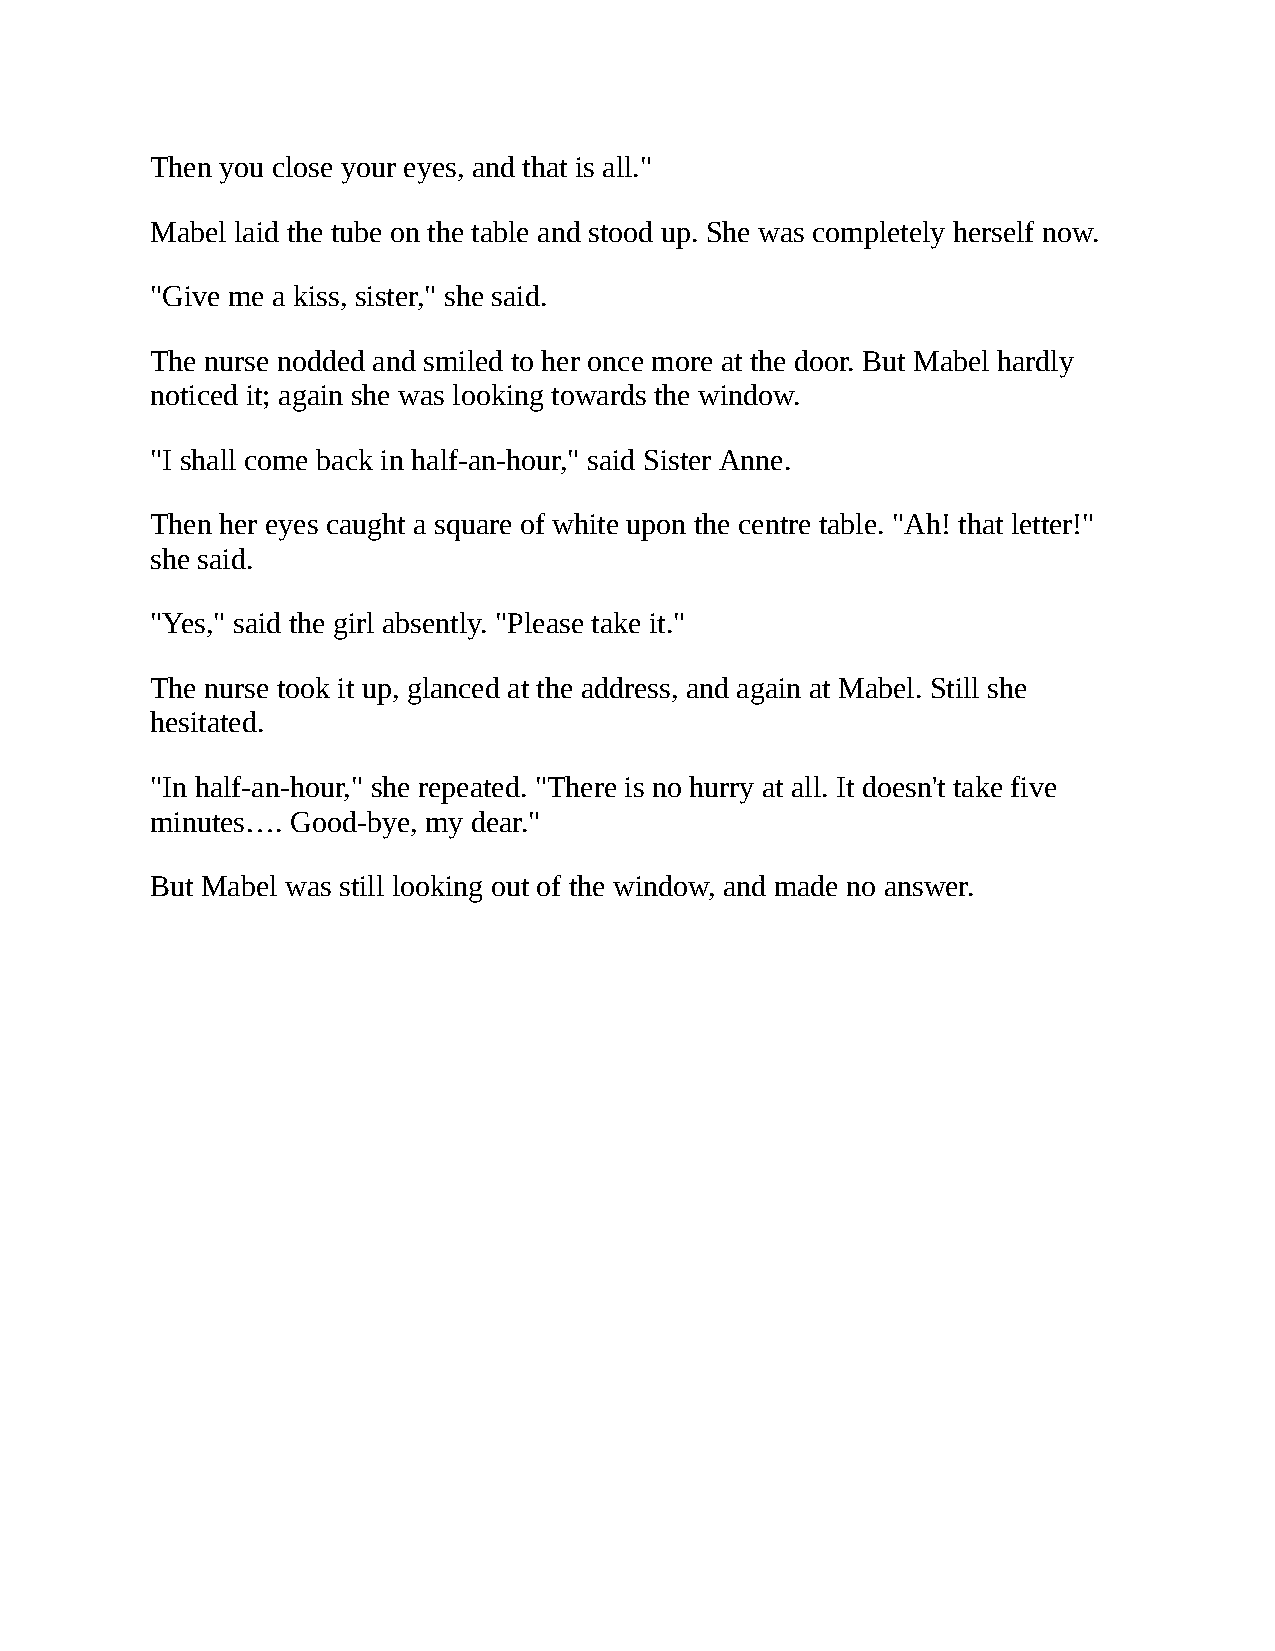
Then you close your eyes, and that is all."
 Mabel laid the tube on the table and stood up. She was completely herself now.
 "Give me a kiss, sister," she said.
 The nurse nodded and smiled to her once more at the door. But Mabel hardly
 noticed it; again she was looking towards the window.
 "I shall come back in half-an-hour," said Sister Anne.
 Then her eyes caught a square of white upon the centre table. "Ah! that letter!"
 she said.
 "Yes," said the girl absently. "Please take it."
 The nurse took it up, glanced at the address, and again at Mabel. Still she
 hesitated.
 "In half-an-hour," she repeated. "There is no hurry at all. It doesn't take five
 minutes…. Good-bye, my dear."
 But Mabel was still looking out of the window, and made no answer.